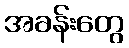
အခန်းတွေ